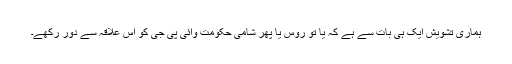
ہماری تشویش ایک ہی بات سے ہے کہ یا تو روس یا پھر شامی حکومت وائی پی جی کو اس علاقہ سے دور رکھے۔